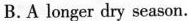
B.A longer dry season.